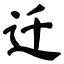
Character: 迁